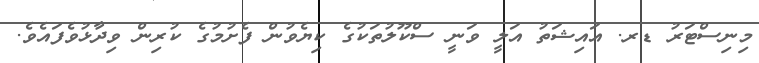
މިނިސްޓަރު ޑރ. އައިޝަތު އަލީ ވަނީ ސްކޫލުތަކުގެ ކިޔެވުން ފެށުމުގެ ކުރިން ވިދާޅުވެފައެވެ.